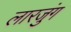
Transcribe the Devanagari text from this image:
लारजुंग